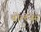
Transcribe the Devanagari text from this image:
वोल्टेजेस